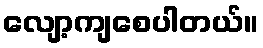
လျော့ကျစေပါတယ်။